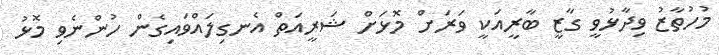
މުހުތާޒު ވިދާޅުވީ ގާޒީ ބާރީއަކީ ވަރަށް މޮޅަށް ޝަރީއަތް އެނގިލައްވައިގެން ހުންނެވި މޮޅު